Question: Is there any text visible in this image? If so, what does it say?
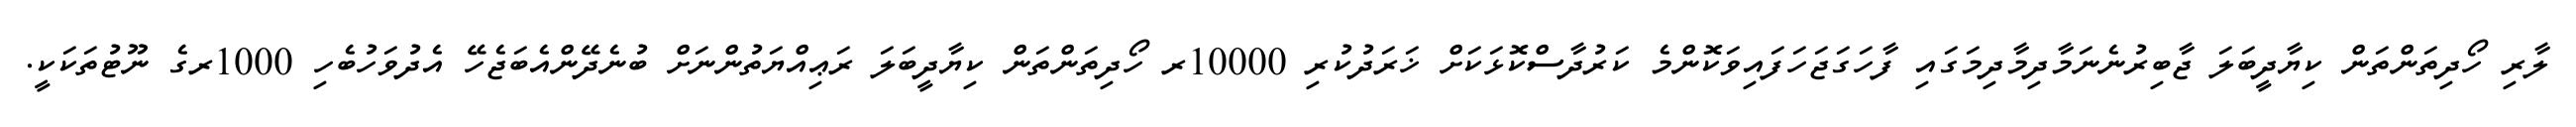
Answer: ލާރި ހޯދިތަންތަން ކިޔާދީބަލަ ޖާބިރުނެނަމާދިމާދިމަގައި ފާހަގަޖަހަފައިވަކޮންމެ ކަރުދާސްކޮޅަކަށް ޚަރަދުކުރި 10000ރ ހޯދިތަންތަން ކިޔާދީބަލަ ރަޢިއްޔަތުންނަށް ބުނެދޭންއެބަޖެހޭ އެދުވަހުބެހި 1000ރގެ ނޫޓުތަކަކީ.